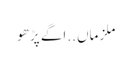
ملزماں ..اگے پڑھو